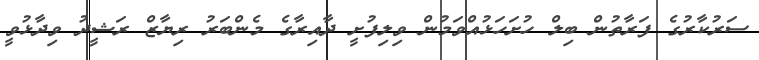
ސަރުކާރުގެ ފަރާތުން ބިލް ހުށަހަޅުއްވަމުން ވިލިފުށީ ދާއިރާގެ މެންބަރު ރިޔާޒް ރަޝީދު ވިދާޅުވީ